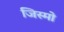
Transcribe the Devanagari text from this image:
जिस्मो